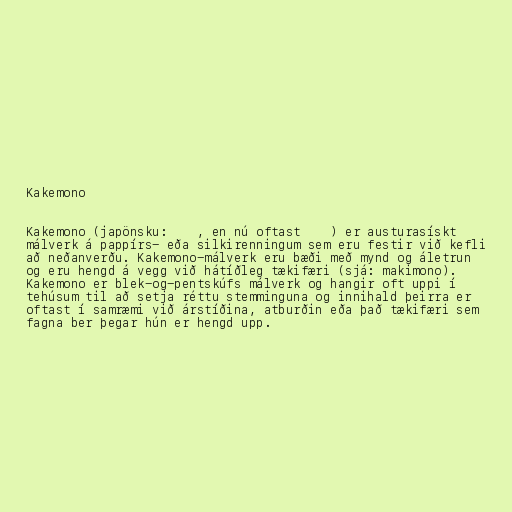
Kakemono

Kakemono (japönsku: 掛け物, en nú oftast 掛け軸) er austurasískt
málverk á pappírs- eða silkirenningum sem eru festir við kefli
að neðanverðu. Kakemono-málverk eru bæði með mynd og áletrun
og eru hengd á vegg við hátíðleg tækifæri (sjá: makimono).
Kakemono er blek-og-pentskúfs málverk og hangir oft uppi í
tehúsum til að setja réttu stemminguna og innihald þeirra er
oftast í samræmi við árstíðina, atburðin eða það tækifæri sem
fagna ber þegar hún er hengd upp.